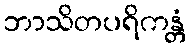
ဘာသိတပရိကန္တံ